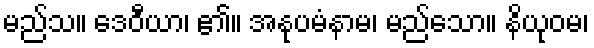
မည်သ။ ဒေဝီယာ၊ ၏။ အနုပမံနာမ၊ မည်သော။ နိယုဝမ၊